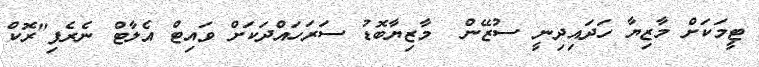
ޓީމަކަށް މާޒިޔާ ހަދައިދިނީ ސުޒޭން  މާޒިޔާބޮޑު ސަރަހައްދަކަށް ވައިޓް އެލާޓް ނެރެފި"ރޮކް